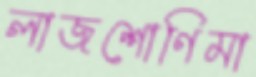
লাজশোণিমা